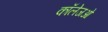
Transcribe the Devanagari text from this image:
कॉलेजओ